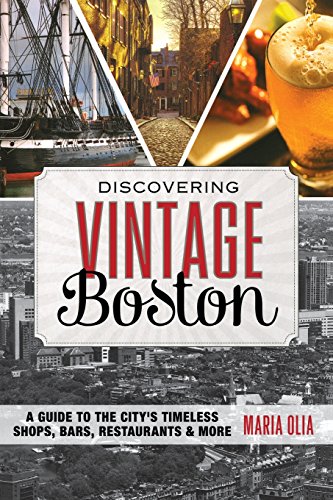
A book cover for Discovering Vintage Boston: A Guide to the City's Timeless Shops, Bars, Restaurants & More; Maria Olia; Travel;